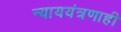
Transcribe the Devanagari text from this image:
न्याययंत्रणाही